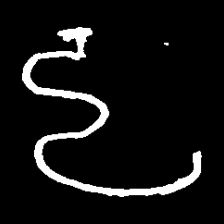
Pyu character \u2014 Myanmar letter: ဠ (romanized: lla)